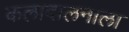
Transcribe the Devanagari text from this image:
कलादालनाला